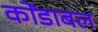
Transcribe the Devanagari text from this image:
कोंडाबल